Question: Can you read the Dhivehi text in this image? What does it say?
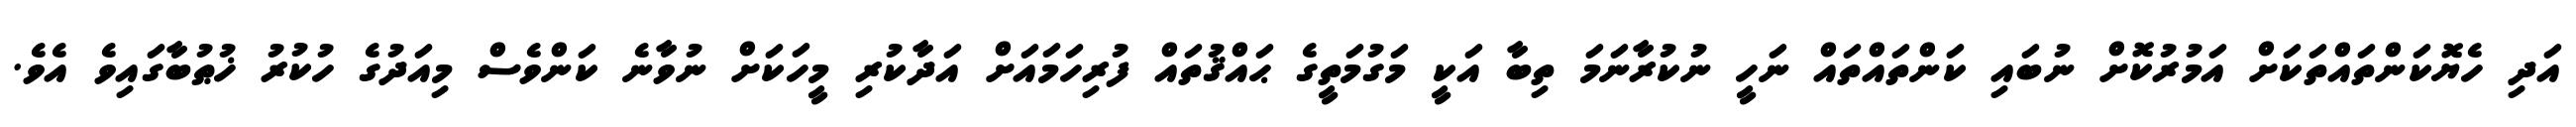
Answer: އަދި ހެޔޮކަންތައްތަކަށް އަމުރުކޮށް ނުބައި ކަންތައްތައް ނަހީ ނުކުރާނަމަ ތިބާ އަކީ މަގުމަތީގެ ޙައްޤުތައް ފުރިހަމައަށް އަދާކުރި މީހަކަށް ނުވާނެ ކަންވެސް މިއަދުގެ ހުކުރު ޚުޠުބާގައިވެ އެވެ.